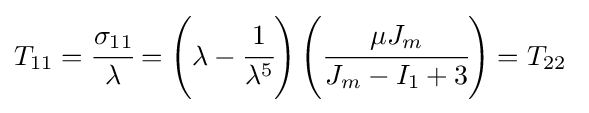
T_{11}={\cfrac {\sigma _{11}}{\lambda }}=\left(\lambda -{\cfrac {1}{\lambda ^{5}}}\right)\left({\cfrac {\mu J_{m}}{J_{m}-I_{1}+3}}\right)=T_{22}~